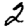
Digit: 2